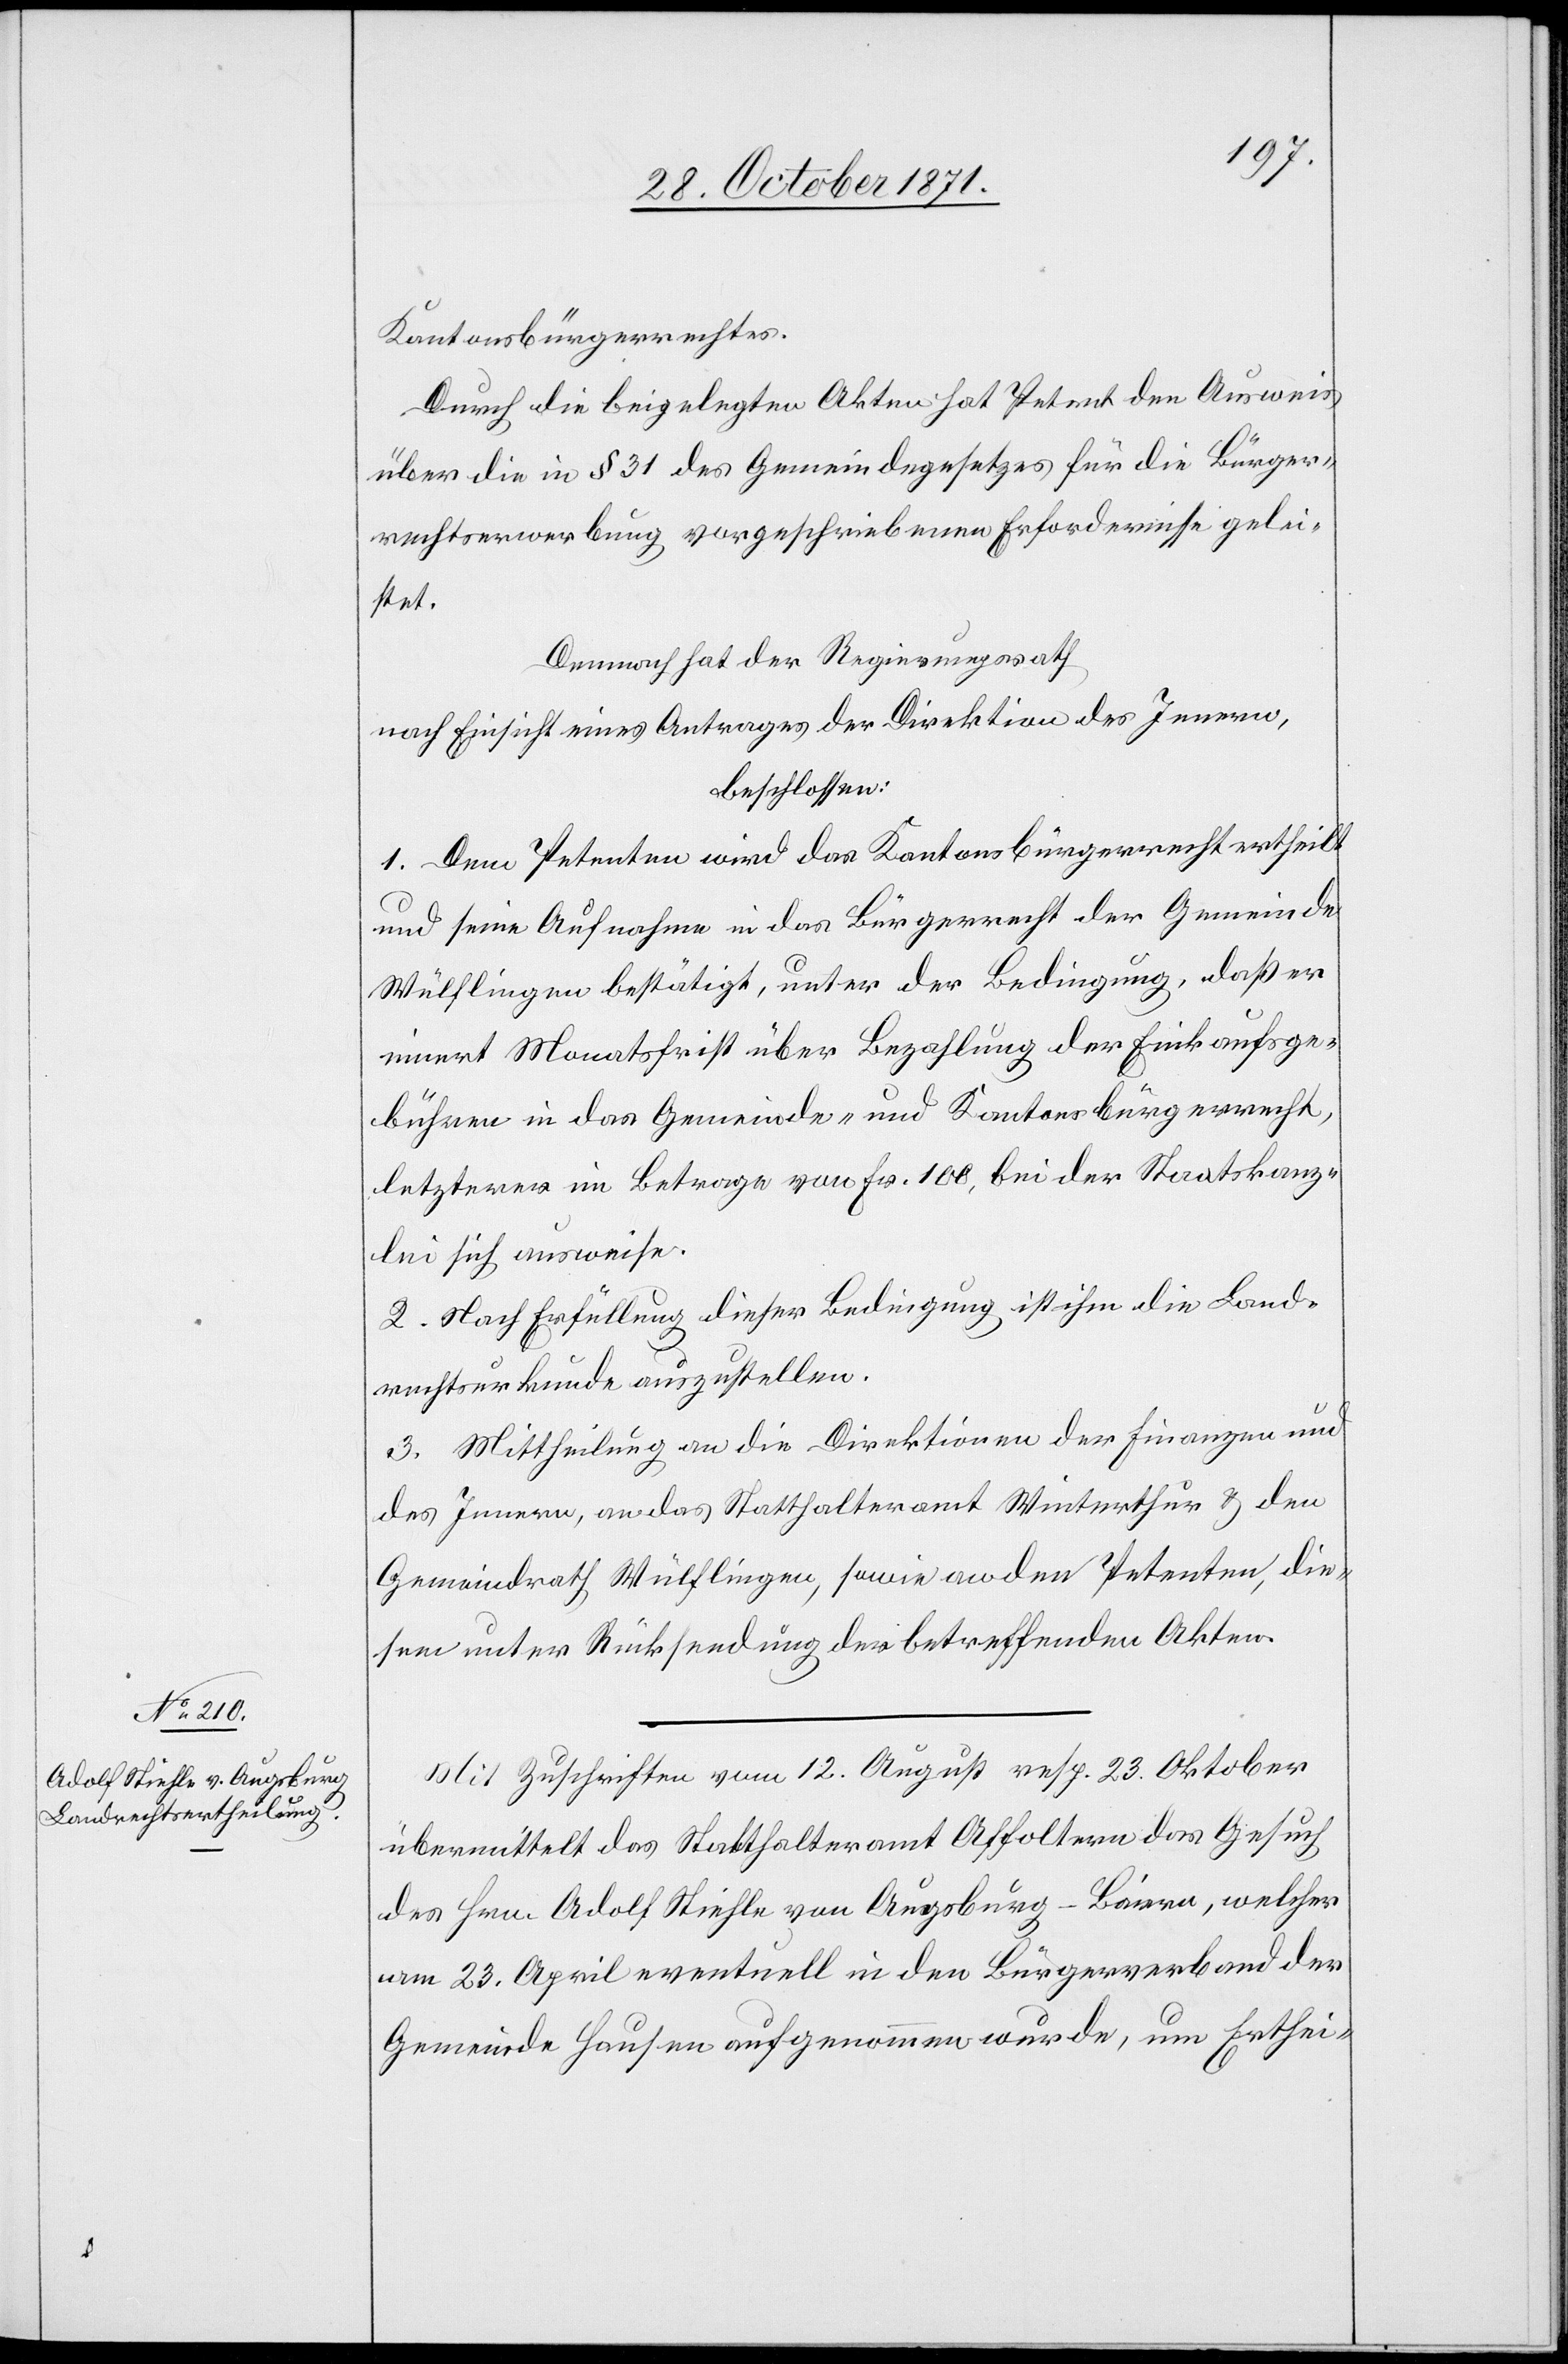
Kantonsbürgerrechtes.
Durch die beigelegten Akten hat Petent den Ausweis
über die in § 31 des Gemeindegesetzes für die Bürger¬
rechtserwerbung vorgeschriebenen Erfordernisse gelei¬
stet.
Demnach hat der Regierungsrath
nach Einsicht eines Antrages der Direktion des Innern,
beschlossen:
1. Dem Petenten wird das Kantonsbürgerrecht ertheilt
und seine Aufnahme in das Bürgerrecht der Gemeinde
Wülflingen bestätigt, unter der Bedingung, daß er
innert Monatsfrist über Bezahlung der Einkaufsge¬
bühren in das Gemeinde- und Kantonsbürgerrecht,
letzteres im Betrage von Fr. 100, bei der Staatskanz¬
lei sich ausweise.
2. Nach Erfüllung dieser Bedingung ist ihm die Land¬
rechtsurkunde auszustellen.
3. Mittheilung an die Direktionen der Finanzen und
des Innern, an das Statthalteramt Winterthur & den
Gemeindrath Wülflingen, sowie an den Petenten, die¬
sen unter Rücksendung der betreffenden Akten.
Mit Zuschrift vom 12. August resp. 23. Oktober
übermittelt das Statthalteramt Affoltern das Gesuch
des Hrn. Adolf Stiehle von Augsburg-Baiern, welcher
am 23. April eventuell in den Bürgerverband der
Gemeinde Hausen aufgenommen wurde, um Erthei-